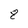
Character: 8